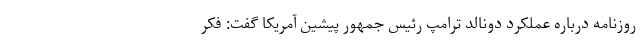
روزنامه درباره عملکرد دونالد ترامپ رئیس جمهور پیشین آمریکا گفت: فکر